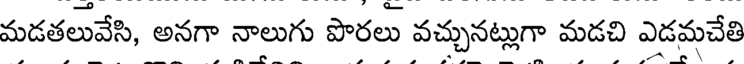
మడతలువేసి, అనగా నాలుగు పొరలు వచ్చునట్లుగా మడచి ఎడమచేతి